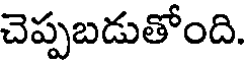
చెప్పబడుతోంది.